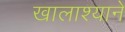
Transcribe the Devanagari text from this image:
खालाश्याने